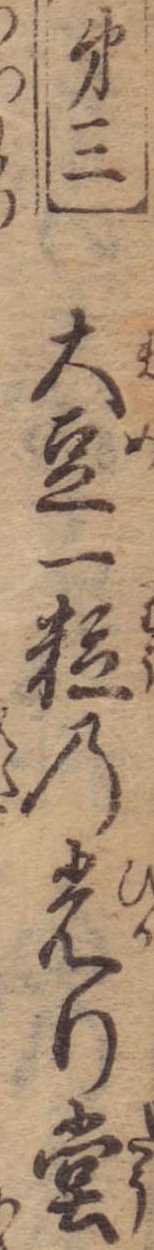
第三大豆一粒の光り堂